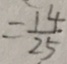
= \frac { 1 4 } { 2 5 }